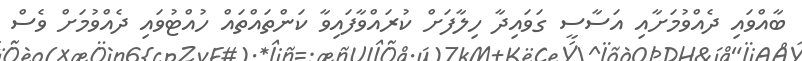
ބާއްވައި ދެއްވުމަށާއި އަސާސީ ގަވައިދާ ހިލާފަށް ކުރައްވާފައިވާ ކަންތައްތައް ހުއްޓުވައި ދެއްވުމަށް ވެސް